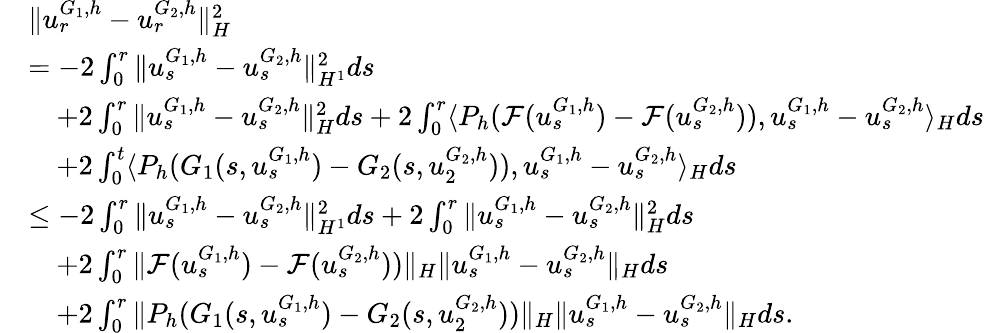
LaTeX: \begin{array}{rl}&{\| u_{r}^{G_{1},h}-u_{r}^{G_{2},h}\| _{H}^{2}}\\ &{=-2\int_{0}^{r}\| u_{s}^{G_{1},h}-u_{s}^{G_{2},h}\| _{H^{1}}^{2}ds}\\ &{\quad+2\int_{0}^{r}\| u_{s}^{G_{1},h}-u_{s}^{G_{2},h}\| _{H}^{2}ds+2\int_{0}^{r}\langle P_{h}(\mathcal{F}(u_{s}^{G_{1},h})-\mathcal{F}(u_{s}^{G_{2},h})),u_{s}^{G_{1},h}-u_{s}^{G_{2},h}\rangle_{H}ds}\\ &{\quad+2\int_{0}^{t}\langle P_{h}(G_{1}(s,u_{s}^{G_{1},h})-G_{2}(s,u_{2}^{G_{2},h})),u_{s}^{G_{1},h}-u_{s}^{G_{2},h}\rangle_{H}ds}\\ &{\leq-2\int_{0}^{r}\| u_{s}^{G_{1},h}-u_{s}^{G_{2},h}\| _{H^{1}}^{2}ds+2\int_{0}^{r}\| u_{s}^{G_{1},h}-u_{s}^{G_{2},h}\| _{H}^{2}ds}\\ &{\quad+2\int_{0}^{r}\| \mathcal{F}(u_{s}^{G_{1},h})-\mathcal{F}(u_{s}^{G_{2},h}))\| _{H}\| u_{s}^{G_{1},h}-u_{s}^{G_{2},h}\| _{H}ds}\\ &{\quad+2\int_{0}^{r}\| P_{h}(G_{1}(s,u_{s}^{G_{1},h})-G_{2}(s,u_{2}^{G_{2},h}))\| _{H}\| u_{s}^{G_{1},h}-u_{s}^{G_{2},h}\| _{H}ds.}\end{array}